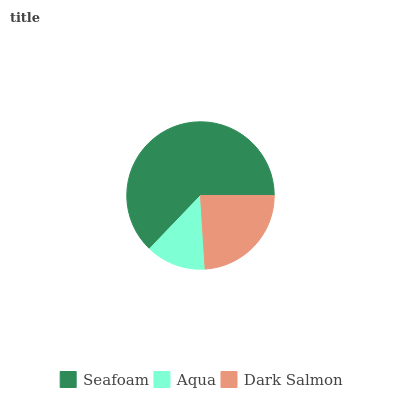
| Seafoam | Aqua | Dark Salmon |
 | --- | --- | --- |
 | 62.8% | 13.2% | 24% |